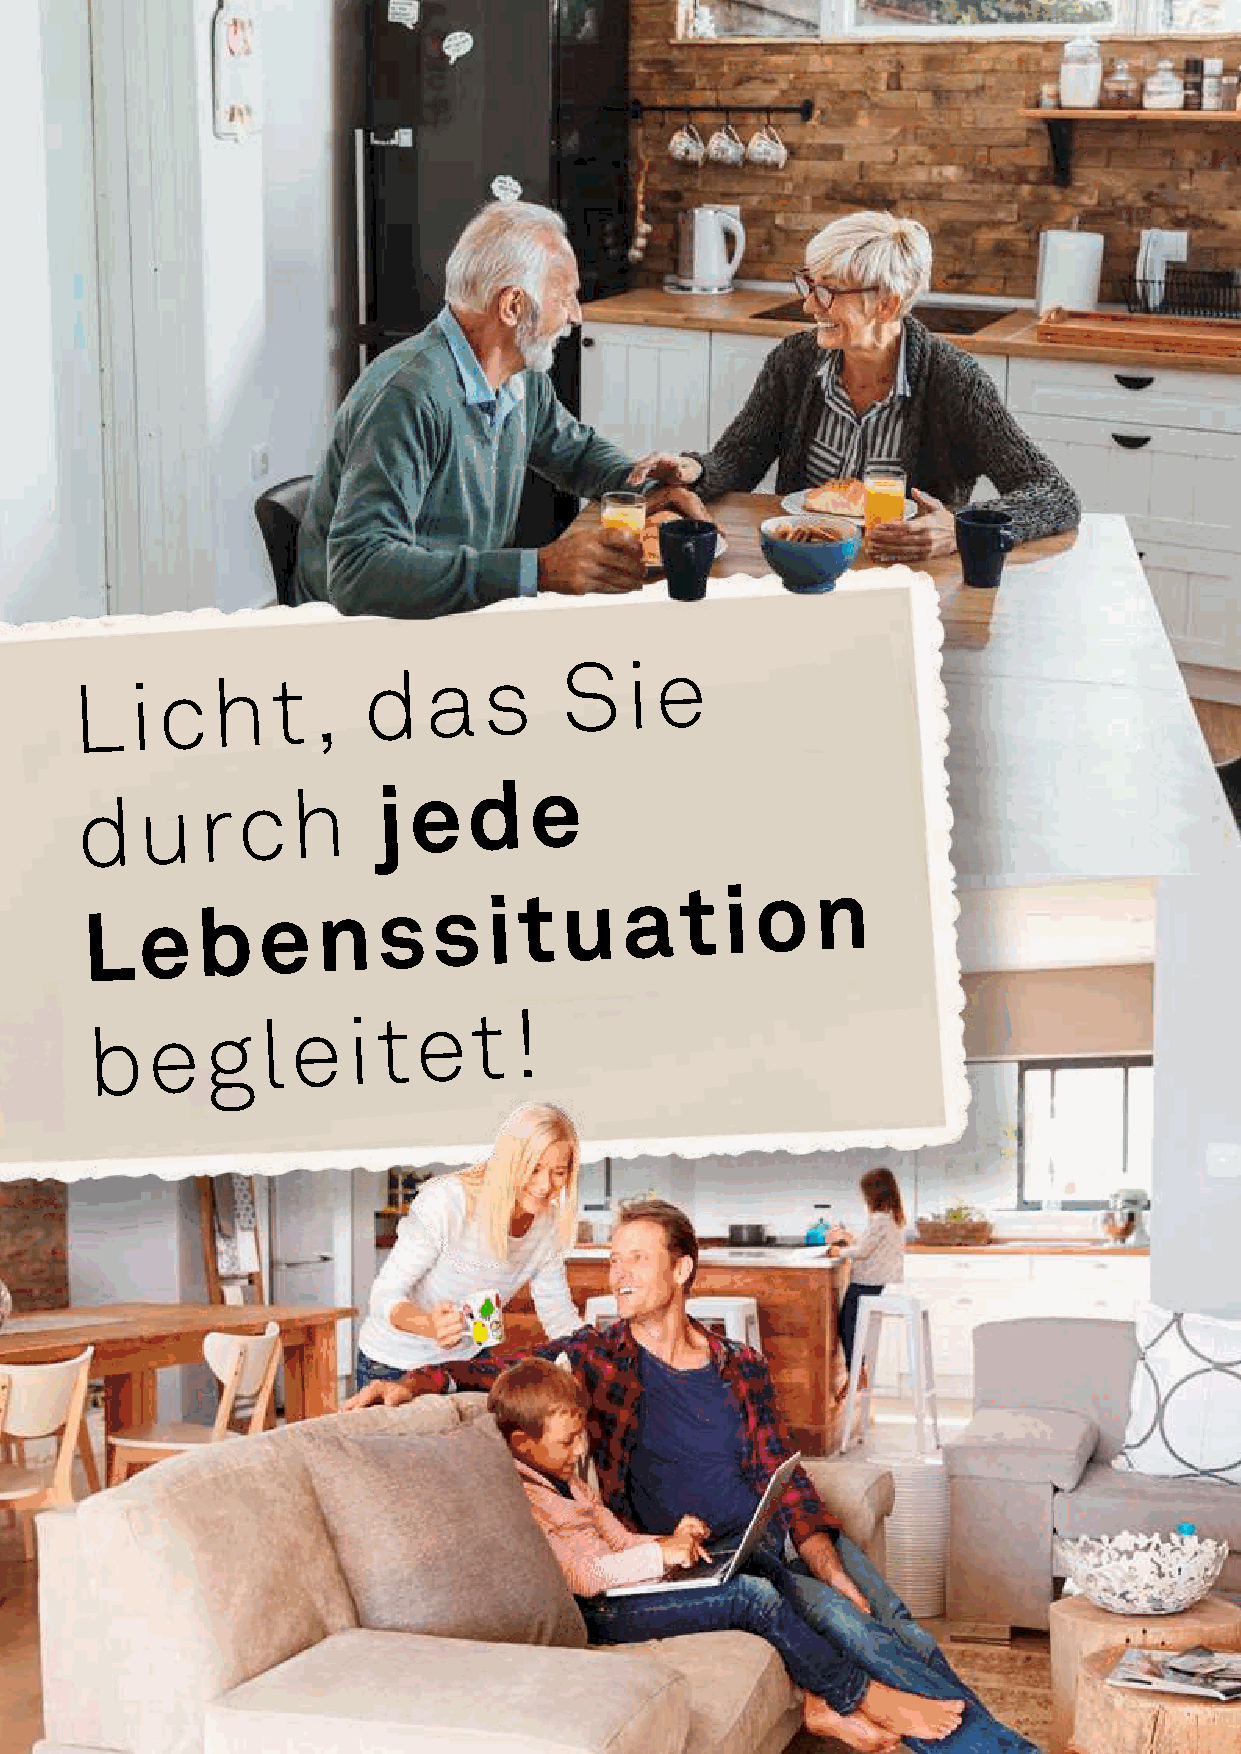
L   i c  h   t  ,  d   a   s    S    i e
 d   u   r  c  h     j e   d   e
 L  e   b   e   n   s   s  i t  u   a   t  i o   n
 b   e   g  l e   i t  e  t  !